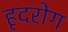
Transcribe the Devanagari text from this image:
हृदरोग